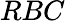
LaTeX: RBC